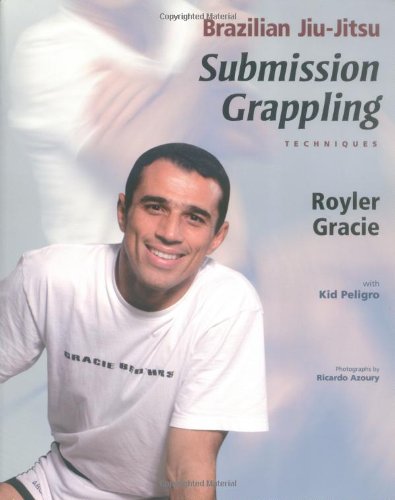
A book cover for Brazilian Jiu-Jitsu Submission Grappling Techniques (Brazilian Jiu-Jitsu series); Royler Gracie; Sports & Outdoors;